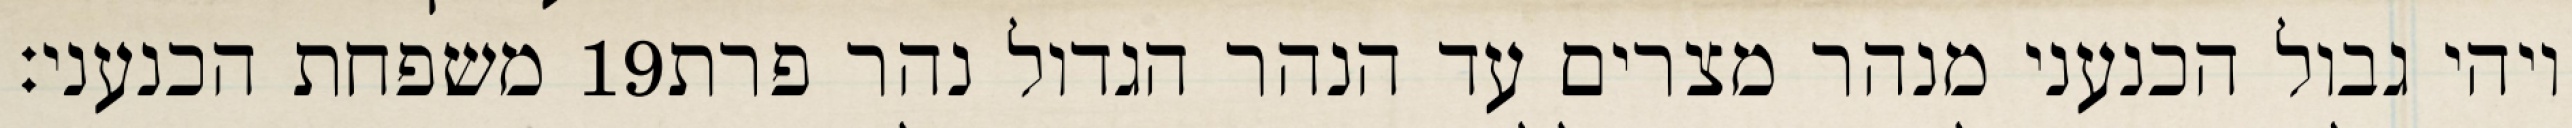
משפחת הכנעני׃ ‎19‏ ויהי גבול הכנעני מנהר מצרים עד הנהר הגדול נהר פרת